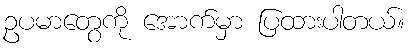
ဥပမာတွေကို အောက်မှာ ပြထားပါတယ်။